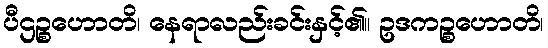
ပီဌဉ္စဟောတိ၊ နေရာလည်းခင်းနှင့်၏။ ဥဒကဉ္စဟောတိ၊